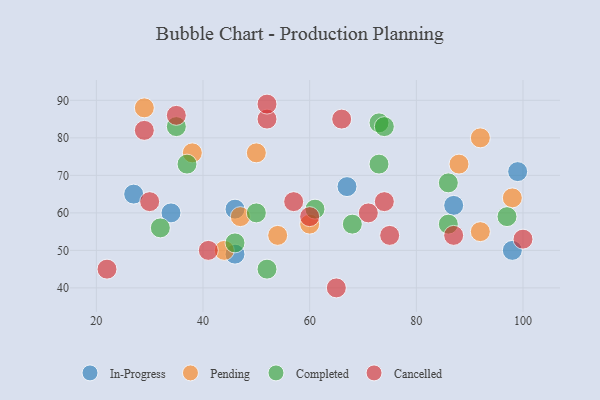
{"axis": {"x": "GDP", "y": "Life Expectancy"}, "legend": ["Cancelled", "Completed", "In-Progress", "Pending"], "data": [{"x": "34", "y": 60, "type": "In-Progress"}, {"x": "67", "y": 67, "type": "In-Progress"}, {"x": "27", "y": 65, "type": "In-Progress"}, {"x": "46", "y": 49, "type": "In-Progress"}, {"x": "46", "y": 61, "type": "In-Progress"}, {"x": "99", "y": 71, "type": "In-Progress"}, {"x": "98", "y": 50, "type": "In-Progress"}, {"x": "87", "y": 62, "type": "In-Progress"}, {"x": "60", "y": 57, "type": "Pending"}, {"x": "38", "y": 76, "type": "Pending"}, {"x": "54", "y": 54, "type": "Pending"}, {"x": "44", "y": 50, "type": "Pending"}, {"x": "92", "y": 80, "type": "Pending"}, {"x": "88", "y": 73, "type": "Pending"}, {"x": "92", "y": 55, "type": "Pending"}, {"x": "29", "y": 88, "type": "Pending"}, {"x": "47", "y": 59, "type": "Pending"}, {"x": "98", "y": 64, "type": "Pending"}, {"x": "50", "y": 76, "type": "Pending"}, {"x": "52", "y": 45, "type": "Completed"}, {"x": "46", "y": 52, "type": "Completed"}, {"x": "73", "y": 84, "type": "Completed"}, {"x": "50", "y": 60, "type": "Completed"}, {"x": "68", "y": 57, "type": "Completed"}, {"x": "37", "y": 73, "type": "Completed"}, {"x": "86", "y": 57, "type": "Completed"}, {"x": "97", "y": 59, "type": "Completed"}, {"x": "73", "y": 73, "type": "Completed"}, {"x": "61", "y": 61, "type": "Completed"}, {"x": "35", "y": 83, "type": "Completed"}, {"x": "86", "y": 68, "type": "Completed"}, {"x": "74", "y": 83, "type": "Completed"}, {"x": "32", "y": 56, "type": "Completed"}, {"x": "66", "y": 85, "type": "Cancelled"}, {"x": "52", "y": 85, "type": "Cancelled"}, {"x": "87", "y": 54, "type": "Cancelled"}, {"x": "35", "y": 86, "type": "Cancelled"}, {"x": "52", "y": 89, "type": "Cancelled"}, {"x": "22", "y": 45, "type": "Cancelled"}, {"x": "57", "y": 63, "type": "Cancelled"}, {"x": "60", "y": 59, "type": "Cancelled"}, {"x": "74", "y": 63, "type": "Cancelled"}, {"x": "41", "y": 50, "type": "Cancelled"}, {"x": "75", "y": 54, "type": "Cancelled"}, {"x": "30", "y": 63, "type": "Cancelled"}, {"x": "29", "y": 82, "type": "Cancelled"}, {"x": "71", "y": 60, "type": "Cancelled"}, {"x": "65", "y": 40, "type": "Cancelled"}, {"x": "100", "y": 53, "type": "Cancelled"}]}